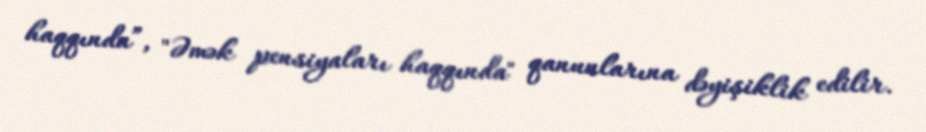
haqqında”, "Əmək pensiyaları haqqında" qanunlarına dəyişiklik edilir.